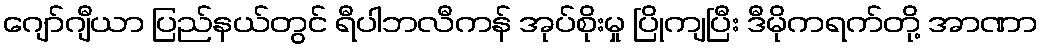
ဂျော်ဂျီယာ ပြည်နယ်တွင် ရီပါဘလီကန် အုပ်စိုးမှု ပြိုကျပြီး ဒီမိုကရက်တို့ အာဏာ